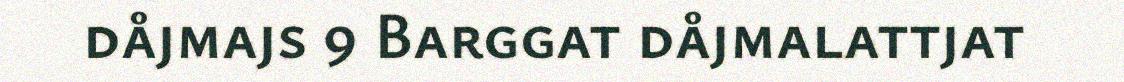
dåjmajs 9 Barggat dåjmalattjat